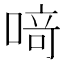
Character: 𫫀